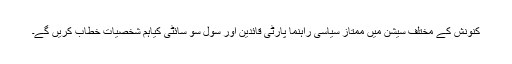
کنونش کے مختلف سیشن میں ممتاز سیاسی راہنما پارٹی قائدین اور سول سو سائٹی کیاہم شخصیات خطاب کریں گے۔